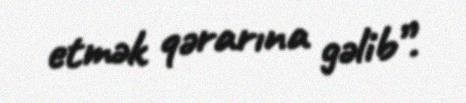
etmək qərarına gəlib”.